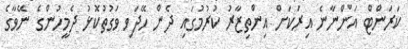
ކަރަންޓް އަންނާނެ އިރަކަށް އިންތިޒާރު ކުރުމުގައި ދެން ހޭދަވި ވަގުތުކޮޅު ދެމީހުންގެ ނޭވާގެ